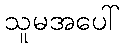
သူမအပေါ်